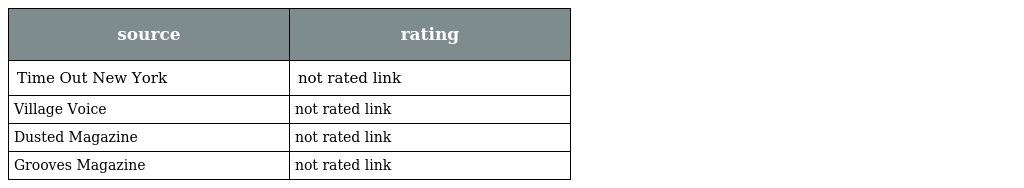
| source | rating |
 | --- | --- |
 | Time Out New York | not rated link |
 | Village Voice | not rated link |
 | Dusted Magazine | not rated link |
 | Grooves Magazine | not rated link |